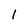
Character: l